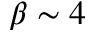
\beta \sim 4